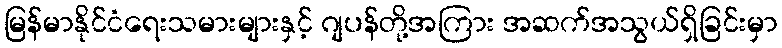
မြန်မာနိုင်ငံရေးသမားများနှင့် ဂျပန်တို့အကြား အဆက်အသွယ်ရှိခြင်းမှာ